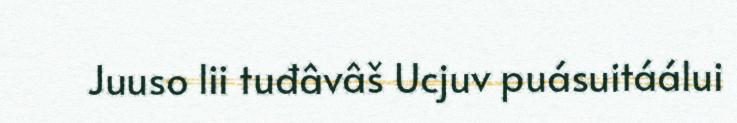
Juuso lii tuđâvâš Ucjuv puásuitáálui